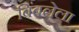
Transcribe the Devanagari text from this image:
बिंबलेला